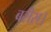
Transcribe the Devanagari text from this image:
बरीस।